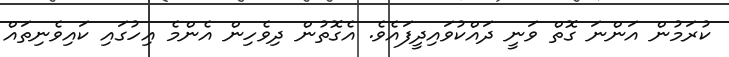
ކުރަމުން އަންނަ ގޮތް ވަނީ ދައްކުވައިދީފައެވެ. އެގޮތުން ދިވެހިން އެންމެ އިހުގައި ކައިވެނިތައް